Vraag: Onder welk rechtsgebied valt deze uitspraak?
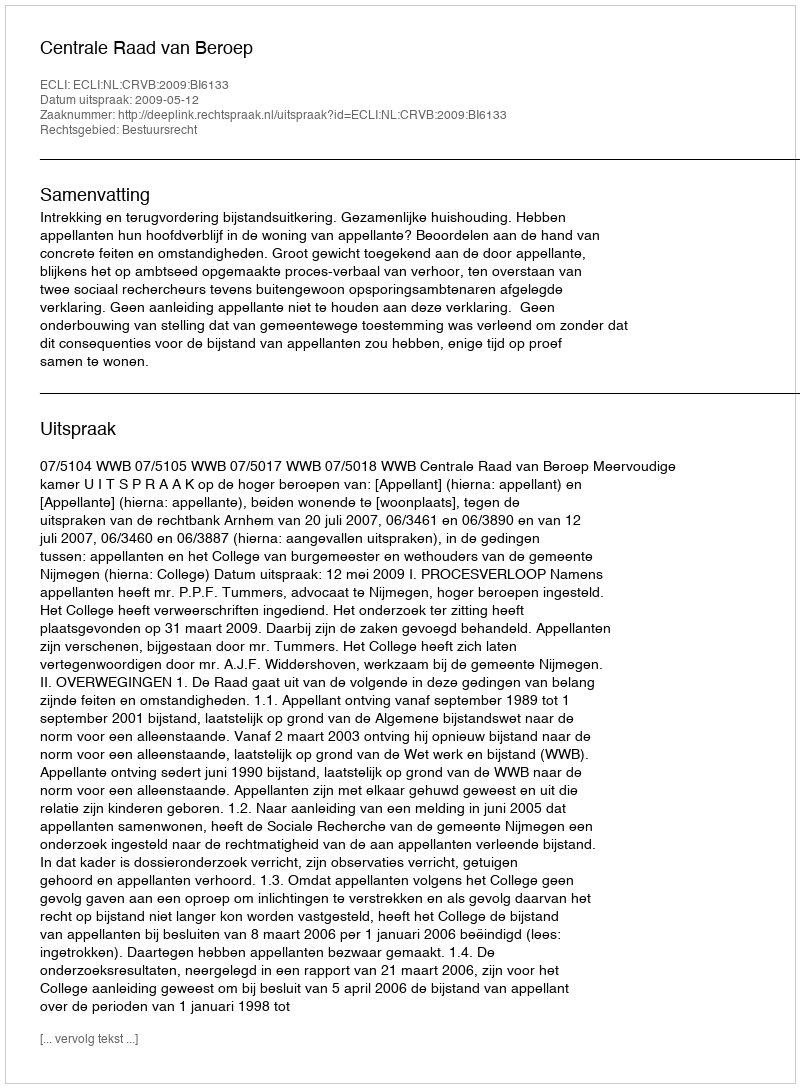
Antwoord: Bestuursrecht